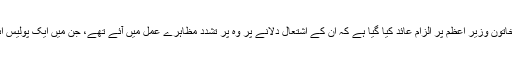
اِس مقدمے میں اِس سابق خاتون وزیر اعظم پر الزام عائد کیا گیا ہے کہ اُن کے اشتعال دلانے پر وہ پُر تشدد مظاہرے عمل میں آئے تھے، جن میں ایک پولیس اہلکار ہلاک بھی ہو گیا تھا۔